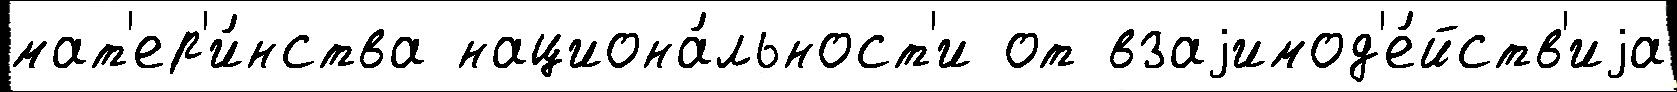
мат'ер'и́нства национа́льност'и от взаjимод'е́йств'иjа